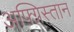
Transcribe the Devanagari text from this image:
अफ़्ग्निस्तान